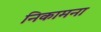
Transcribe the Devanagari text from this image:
निकामना